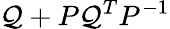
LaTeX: \mathcal{Q}+P\mathcal{Q}^{T}P^{-1}